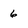
Character: 6